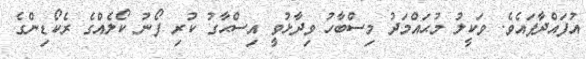
އުފައްދާފައެވެ. ވަކީލު މުޙައްމަދު މިސްބާހު ވިދާޅުވީ އިސްޙާގު ކުރި ފޯނު ކޯލެއްގެ ރެކޯޑިންގެ